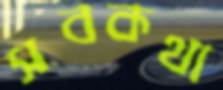
সবকথা